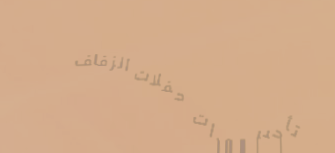
تأجير معدات حفلات الزفاف